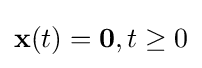
\mathbf {x} (t)=\mathbf {0} ,t\geq 0